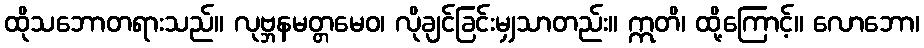
ထိုသဘောတရားသည်။ လုဗ္ဘနမတ္တမေဝ၊ လိုချင်ခြင်းမျှသာတည်း။ ဣတိ၊ ထို့ကြောင့်။ လောဘော၊